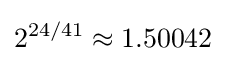
2^{24/41}\approx 1.50042